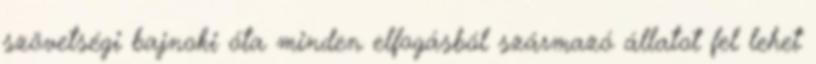
szövetségi bajnoki óta minden elfogásból származó állatot fel lehet